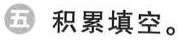
五 积累填空。